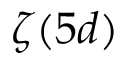
\zeta ( 5 d )